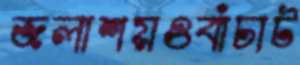
জলাশয়ওবাঁচাট